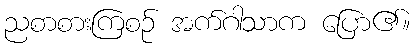
ညစာစားကြစဉ် အက်ဂါသာက ပြော၏။